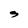
Character: S